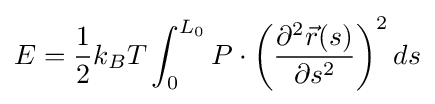
E={\frac {1}{2}}k_{B}T\int _{0}^{L_{0}}P\cdot \left({\frac {\partial ^{2}{\vec {r}}(s)}{\partial s^{2}}}\right)^{2}ds